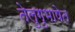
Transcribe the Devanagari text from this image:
तेलुगुभाषेत